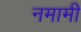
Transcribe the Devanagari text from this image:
नमामी